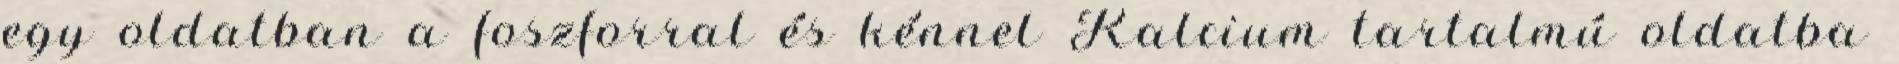
egy oldatban a foszforral és kénnel Kalcium tartalmú oldatba